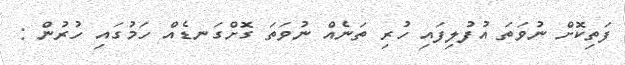
ފަތިކޮށް ނުވަތަ އުފުލިފައި ހުރި ތަނެއް ނުވަތަ ގޮށްގަނޑެއް ހަމުގައި ހުރުން :